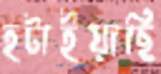
হটাইয়াছি